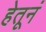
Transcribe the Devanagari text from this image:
हेतूनं